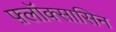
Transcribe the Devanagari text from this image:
फ़्लॉक्सासिन